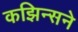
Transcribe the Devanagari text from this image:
कझिन्सने